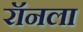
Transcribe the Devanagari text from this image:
रॉनला